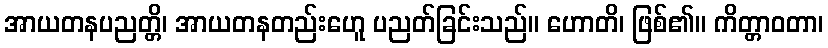
အာယတနပညတ္တိ၊ အာယတနတည်းဟေူ ပညတ်ခြင်းသည်။ ဟောတိ၊ ဖြစ်၏။ ကိတ္တာဝတာ၊